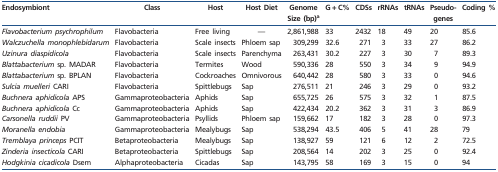
<table><thead><tr><td><b>Endosymbiont</b></td><td><b>Class</b></td><td><b>Host</b></td><td><b>Host Diet</b></td><td><b>Genome Size (bp)<sup>a</sup></b></td><td><b>G + C%</b></td><td><b>CDSs</b></td><td><b>rRNAs</b></td><td><b>tRNAs</b></td><td><b>Pseudo- genes</b></td><td><b>Coding %</b></td></tr></thead><tbody><tr><td><i>Flavobacterium psychrophilum</i></td><td>Flavobacteria</td><td>Free living</td><td>—</td><td>2,861,988</td><td>33</td><td>2432</td><td>18</td><td>49</td><td>20</td><td>85.6</td></tr><tr><td><i>Walczuchella monophlebidarum</i></td><td>Flavobacteria</td><td>Scale insects</td><td>Phloem sap</td><td>309,299</td><td>32.6</td><td>271</td><td>3</td><td>33</td><td>27</td><td>86.2</td></tr><tr><td><i>Uzinura diaspidicola</i></td><td>Flavobacteria</td><td>Scale insects</td><td>Parenchyma</td><td>263,431</td><td>30.2</td><td>227</td><td>3</td><td>30</td><td>7</td><td>89.3</td></tr><tr><td><i>Blattabacterium</i> sp<i>.</i> MADAR</td><td>Flavobacteria</td><td>Termites</td><td>Wood</td><td>590,336</td><td>28</td><td>550</td><td>3</td><td>34</td><td>9</td><td>94.9</td></tr><tr><td><i>Blattabacterium</i> sp<i>.</i> BPLAN</td><td>Flavobacteria</td><td>Cockroaches</td><td>Omnivorous</td><td>640,442</td><td>28</td><td>580</td><td>3</td><td>33</td><td>0</td><td>94.6</td></tr><tr><td><i>Sulcia muelleri</i> CARI</td><td>Flavobacteria</td><td>Spittlebugs</td><td>Sap</td><td>276,511</td><td>21</td><td>246</td><td>3</td><td>29</td><td>0</td><td>93.2</td></tr><tr><td><i>Buchnera aphidicola</i> APS</td><td>Gammaproteobacteria</td><td>Aphids</td><td>Sap</td><td>655,725</td><td>26</td><td>575</td><td>3</td><td>32</td><td>1</td><td>87.5</td></tr><tr><td><i>Buchnera aphidicola</i> Cc</td><td>Gammaproteobacteria</td><td>Aphids</td><td>Sap</td><td>422,434</td><td>20.2</td><td>362</td><td>3</td><td>31</td><td>3</td><td>86.9</td></tr><tr><td><i>Carsonella ruddii</i> PV</td><td>Gammaproteobacteria</td><td>Psyllids</td><td>Phloem sap</td><td>159,662</td><td>17</td><td>182</td><td>3</td><td>28</td><td>0</td><td>97.3</td></tr><tr><td><i>Moranella endobia</i></td><td>Gammaproteobacteria</td><td>Mealybugs</td><td>Sap</td><td>538,294</td><td>43.5</td><td>406</td><td>5</td><td>41</td><td>28</td><td>79</td></tr><tr><td><i>Tremblaya princeps</i> PCIT</td><td>Betaproteobacteria</td><td>Mealybugs</td><td>Sap</td><td>138,927</td><td>59</td><td>121</td><td>6</td><td>12</td><td>2</td><td>72.5</td></tr><tr><td><i>Zinderia insecticola</i> CARI</td><td>Betaproteobacteria</td><td>Spittlebugs</td><td>Sap</td><td>208,564</td><td>14</td><td>202</td><td>3</td><td>25</td><td>0</td><td>92.4</td></tr><tr><td><i>Hodgkinia cicadicola</i> Dsem</td><td>Alphaproteobacteria</td><td>Cicadas</td><td>Sap</td><td>143,795</td><td>58</td><td>169</td><td>3</td><td>15</td><td>0</td><td>94</td></tr></tbody></table>